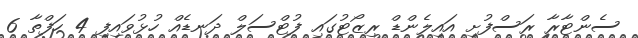
ސެންޓާރާ ރަސްފުށި އައިލެންޑް ރިޒޯޓުގައި ފުޓްސަލް ދަނޑެއް ހުޅުވައިފި 4 ހަފްތާ 6